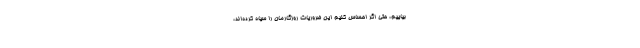
بیاییم، حتی اگر احساس کنیم این ضروریات روزگارمان را سیاه کرده‌اند،